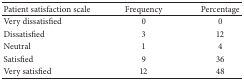
<table><thead><tr><td><b>Patient satisfaction scale</b></td><td><b>Frequency</b></td><td><b>Percentage</b></td></tr></thead><tbody><tr><td>Very dissatisfied</td><td>0</td><td>0</td></tr><tr><td>Dissatisfied</td><td>3</td><td>12</td></tr><tr><td>Neutral</td><td>1</td><td>4</td></tr><tr><td>Satisfied</td><td>9</td><td>36</td></tr><tr><td>Very satisfied</td><td>12</td><td>48</td></tr></tbody></table>